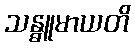
သန္ဓူမာယတိ